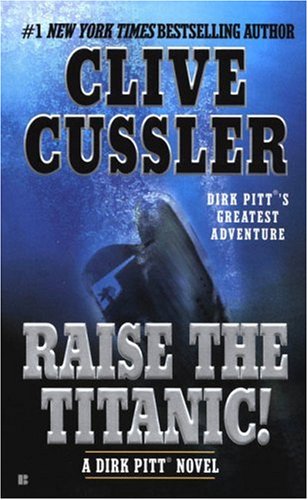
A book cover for Raise the Titanic! (Dirk Pitt Adventure); Clive Cussler; Mystery, Thriller & Suspense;